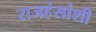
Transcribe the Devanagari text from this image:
राजहंसांशी